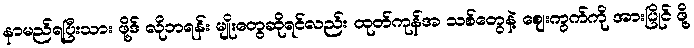
နာမည်ရပြီးသား ဖို့ဒ် လိုဘရန်း မျိုးတွေဆိုရင်လည်း ထုတ်ကုန်အ သစ်တွေနဲ့ ဈေးကွက်ကို အားပြိုင် ဖို့